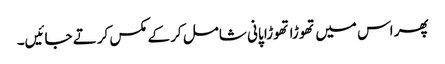
پھر اس میں تھوڑا تھوڑا پانی شامل کر کے مکس کرتے جائیں۔